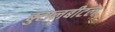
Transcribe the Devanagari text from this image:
बुटालबीटल